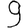
Digit: 9